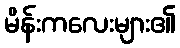
မိန်းကလေးများ၏